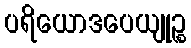
ပရိယောဒပေယျုဉ္စ